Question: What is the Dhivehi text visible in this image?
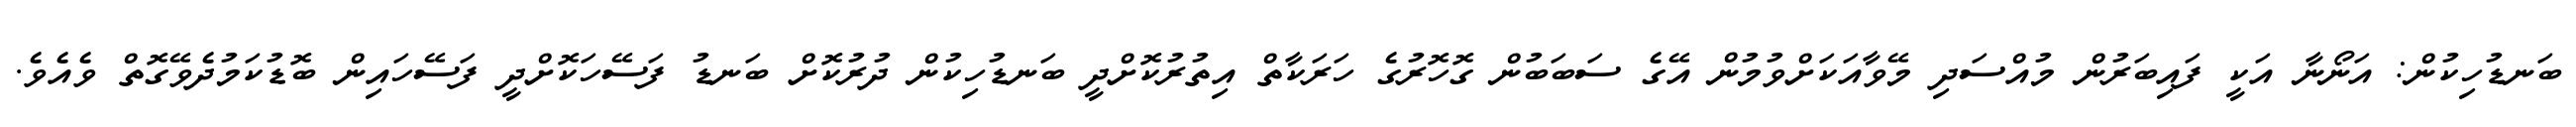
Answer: ބަނޑުހިކުން: އަނޯނާ އަކީ ފައިބަރުން މުއްސަދި މޭވާއަކަށްވުމުން އޭގެ ސަބަބުން ގޮހޮރުގެ ހަރަކާތް އިތުރުކޮށްދީ ބަނޑުހިކުން ދުރުކޮށް ބަނޑު ފަސޭހަކޮށްދީ ފަސޭހައިން ބޮޑުކަމުދެވޭގޮތް ވެއެވެ.